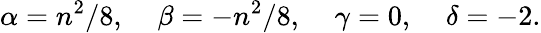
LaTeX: \alpha={n^{2}}/{8},\; \; \; \; \beta=-{n^{2}}/{8},\; \; \; \; \gamma=0,\; \; \; \; \delta=-2.